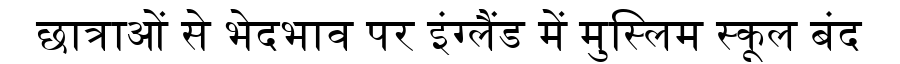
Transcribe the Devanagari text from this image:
छात्राओं से भेदभाव पर इंग्लैंड में मुस्लिम स्कूल बंद